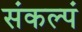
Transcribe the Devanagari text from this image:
संकल्पं